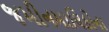
જમીનમાલિકોના